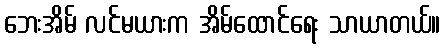
ဘေးအိမ် လင်မယားက အိမ်ထောင်ရေး သာယာတယ်။